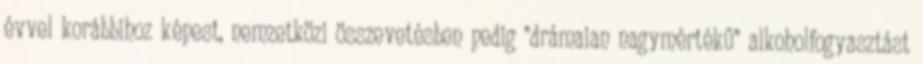
évvel korábbihoz képest, nemzetközi összevetésben pedig "drámaian nagymértékű" alkoholfogyasztást